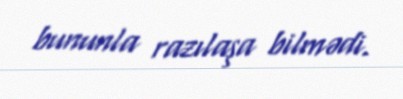
bununla razılaşa bilmədi.